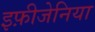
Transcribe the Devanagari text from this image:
इफ़ीजेनिया